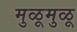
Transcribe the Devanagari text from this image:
मुळूमुळू